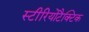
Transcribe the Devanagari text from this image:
स्टीरियोटैक्टिक